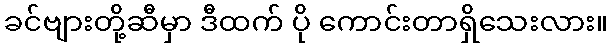
ခင်ဗျားတို့ဆီမှာ ဒီထက် ပို ကောင်းတာရှိသေးလား။